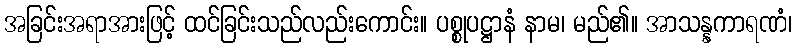
အခြင်းအရာအားဖြင့် ထင်ခြင်းသည်လည်းကောင်း။ ပစ္စုပဋ္ဌာနံ နာမ၊ မည်၏။ အာသန္နကာရဏံ၊